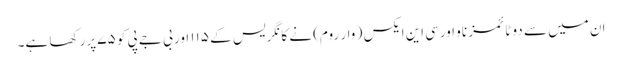
ان میں سے دو ٹائمز ناو اورسی این ایکس ( وار روم) نے کانگریس کے ۱۱۵ اور بی جے پی کو ۷۵ پرر کھا ہے۔